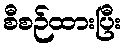
စီစဉ်ထားပြီး